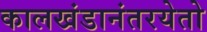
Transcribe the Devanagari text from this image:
कालखंडानंतरयेतो